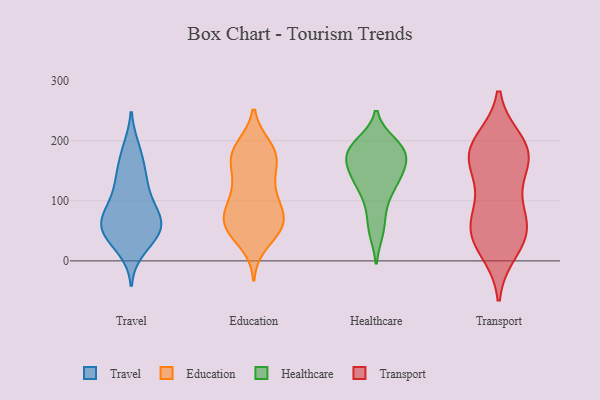
{"axis": {"x": "Tickets Resolved", "y": "Value"}, "legend": ["Education", "Healthcare", "Transport", "Travel"], "data": [{"x": "", "y": 51, "type": "Travel"}, {"x": "", "y": 67, "type": "Travel"}, {"x": "", "y": 111, "type": "Travel"}, {"x": "", "y": 72, "type": "Travel"}, {"x": "", "y": 139, "type": "Travel"}, {"x": "", "y": 77, "type": "Travel"}, {"x": "", "y": 18, "type": "Travel"}, {"x": "", "y": 146, "type": "Travel"}, {"x": "", "y": 29, "type": "Travel"}, {"x": "", "y": 147, "type": "Travel"}, {"x": "", "y": 102, "type": "Travel"}, {"x": "", "y": 53, "type": "Travel"}, {"x": "", "y": 40, "type": "Travel"}, {"x": "", "y": 61, "type": "Travel"}, {"x": "", "y": 54, "type": "Travel"}, {"x": "", "y": 58, "type": "Travel"}, {"x": "", "y": 183, "type": "Travel"}, {"x": "", "y": 188, "type": "Travel"}, {"x": "", "y": 99, "type": "Travel"}, {"x": "", "y": 60, "type": "Education"}, {"x": "", "y": 71, "type": "Education"}, {"x": "", "y": 58, "type": "Education"}, {"x": "", "y": 123, "type": "Education"}, {"x": "", "y": 103, "type": "Education"}, {"x": "", "y": 160, "type": "Education"}, {"x": "", "y": 105, "type": "Education"}, {"x": "", "y": 120, "type": "Education"}, {"x": "", "y": 178, "type": "Education"}, {"x": "", "y": 170, "type": "Education"}, {"x": "", "y": 189, "type": "Education"}, {"x": "", "y": 66, "type": "Education"}, {"x": "", "y": 76, "type": "Education"}, {"x": "", "y": 52, "type": "Education"}, {"x": "", "y": 30, "type": "Education"}, {"x": "", "y": 71, "type": "Education"}, {"x": "", "y": 53, "type": "Education"}, {"x": "", "y": 181, "type": "Education"}, {"x": "", "y": 160, "type": "Education"}, {"x": "", "y": 186, "type": "Education"}, {"x": "", "y": 184, "type": "Healthcare"}, {"x": "", "y": 191, "type": "Healthcare"}, {"x": "", "y": 154, "type": "Healthcare"}, {"x": "", "y": 188, "type": "Healthcare"}, {"x": "", "y": 53, "type": "Healthcare"}, {"x": "", "y": 134, "type": "Healthcare"}, {"x": "", "y": 137, "type": "Healthcare"}, {"x": "", "y": 185, "type": "Healthcare"}, {"x": "", "y": 195, "type": "Healthcare"}, {"x": "", "y": 109, "type": "Healthcare"}, {"x": "", "y": 144, "type": "Healthcare"}, {"x": "", "y": 50, "type": "Healthcare"}, {"x": "", "y": 169, "type": "Healthcare"}, {"x": "", "y": 150, "type": "Healthcare"}, {"x": "", "y": 121, "type": "Healthcare"}, {"x": "", "y": 179, "type": "Healthcare"}, {"x": "", "y": 178, "type": "Healthcare"}, {"x": "", "y": 86, "type": "Healthcare"}, {"x": "", "y": 41, "type": "Transport"}, {"x": "", "y": 115, "type": "Transport"}, {"x": "", "y": 48, "type": "Transport"}, {"x": "", "y": 76, "type": "Transport"}, {"x": "", "y": 197, "type": "Transport"}, {"x": "", "y": 166, "type": "Transport"}, {"x": "", "y": 185, "type": "Transport"}, {"x": "", "y": 19, "type": "Transport"}, {"x": "", "y": 65, "type": "Transport"}, {"x": "", "y": 176, "type": "Transport"}, {"x": "", "y": 168, "type": "Transport"}, {"x": "", "y": 44, "type": "Transport"}, {"x": "", "y": 183, "type": "Transport"}]}